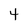
Character: 4